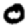
Digit: 0